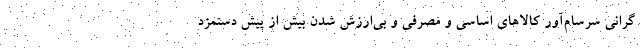
گرانی سرسام‌آور کالاهای اساسی و مصرفی و بی‌ارزش شدن بیش از پیش دستمزد